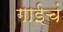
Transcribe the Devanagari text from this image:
गाईचं